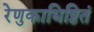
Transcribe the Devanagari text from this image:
रेणुकाधिष्ठितं